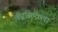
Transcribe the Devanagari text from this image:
वीरस्रिम्कला